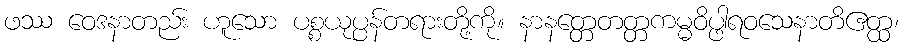
ဖဿ ဝေဒနာတည်း ဟူသော ပစ္စယုပ္ပန်တရားတို့ကို။ နာနတ္တေတတ္တကမ္မဝိပ္ဖါရဝသေနာတိဧတ္ထ၊